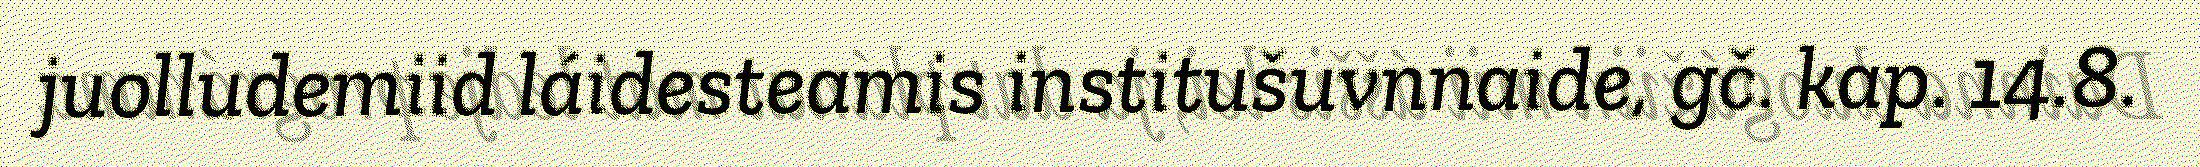
juolludemiid láidesteamis institušuvnnaide, gč. kap. 14.8.